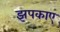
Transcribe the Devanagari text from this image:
झपकाए